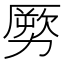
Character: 𠢤